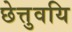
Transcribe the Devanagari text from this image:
छेत्तुवयि